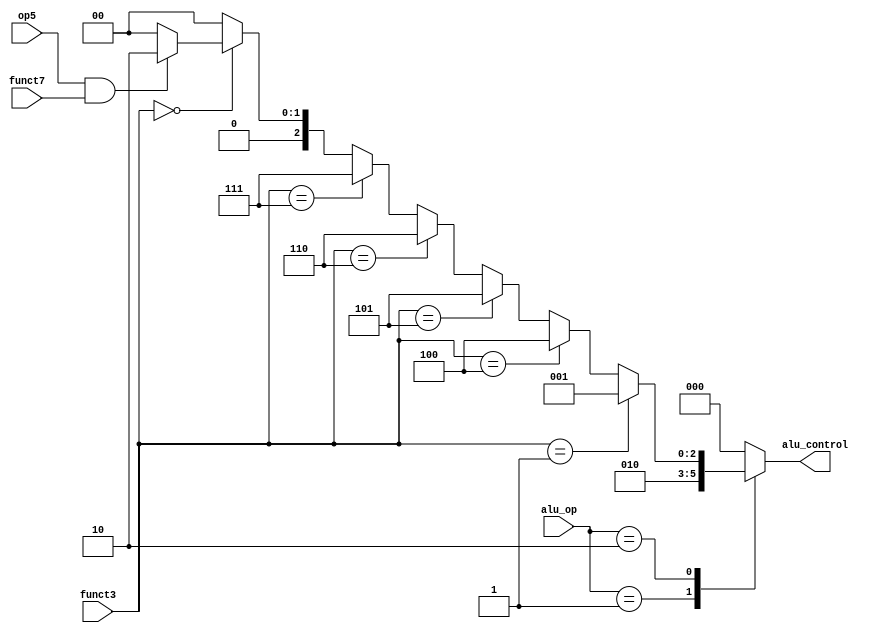
module alu_decoder (
	input [1:0] alu_op,
	input [2:0] funct3,
	input op5, funct7,
	output [2:0] alu_control);

reg[2:0] alu_temp;

always @ (*) begin
case (alu_op) 

2'b00: alu_temp=3'b000;           //LW, SW
2'b01: alu_temp=3'b010;           //beq, bnq, blt
2'b10: begin 
	if (funct3==3'b001)           //SHL
		alu_temp= 3'b001;

 	else if (funct3==3'b100)      //XOR
 		alu_temp=3'b100;

 	else if (funct3==3'b101)      //SHR
 		alu_temp=3'b101;

 	else if (funct3==3'b110)      //OR
 		alu_temp=3'b110;

 	else if (funct3==3'b111)      //AND
 		alu_temp=3'b111;

 	else if (funct3==3'b000) begin 
 		if ((op5==1'b1)&&(funct7==1'b1))  //subtract
 			alu_temp=3'b010;

 		//else if ((op5==1'b0) ||(op5==1'b1 && funct7==1'b0))    //add
 		//	alu_temp=3'b000;
 		else 
 			alu_temp=3'b000;	
 	end
 	else 
 	alu_temp=3'b000;
 	end 

default: alu_temp=3'b000;
endcase

end
assign alu_control=alu_temp;
endmodule